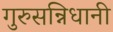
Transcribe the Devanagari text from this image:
गुरुसन्निधानी